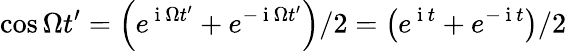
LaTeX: \cos{\Omega t^{\prime}}=\left(e^{\mathrm{~i~}\Omega t^{\prime}}+e^{-\mathrm{~i~}\Omega t^{\prime}}\right)/2=\left(e^{\mathrm{~i~}t}+e^{-\mathrm{~i~}t}\right)/2